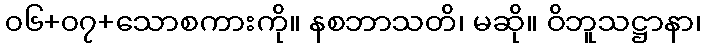
၀၆+၀၇+သောစကားကို။ နစဘာသတိ၊ မဆို။ ဝိဘူသဋ္ဌာနာ၊